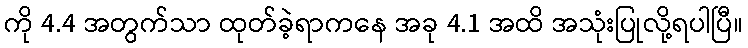
ကို 4.4 အတွက်သာ ထုတ်ခဲ့ရာကနေ အခု 4.1 အထိ အသုံးပြုလို့ရပါပြီ။